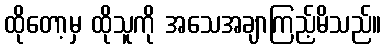
ထိုတော့မှ ထိုသူကို အသေအချာကြည့်မိသည်။